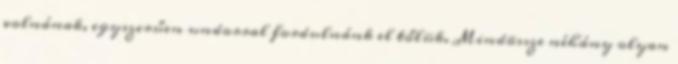
volnának, egyszerűen undorral fordulnánk el tőlük. Mindössze néhány olyan